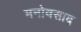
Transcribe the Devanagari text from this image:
मनोवसाद